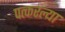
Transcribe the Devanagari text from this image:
पत्करल्या